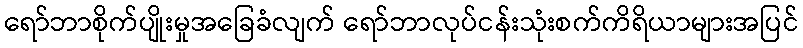
ရော်ဘာစိုက်ပျိုးမှုအခြေခံလျက် ရော်ဘာလုပ်ငန်းသုံးစက်ကိရိယာများအပြင်